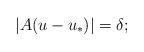
LaTeX: \begin{align*}|A(u-u_*)|=\delta;\end{align*}